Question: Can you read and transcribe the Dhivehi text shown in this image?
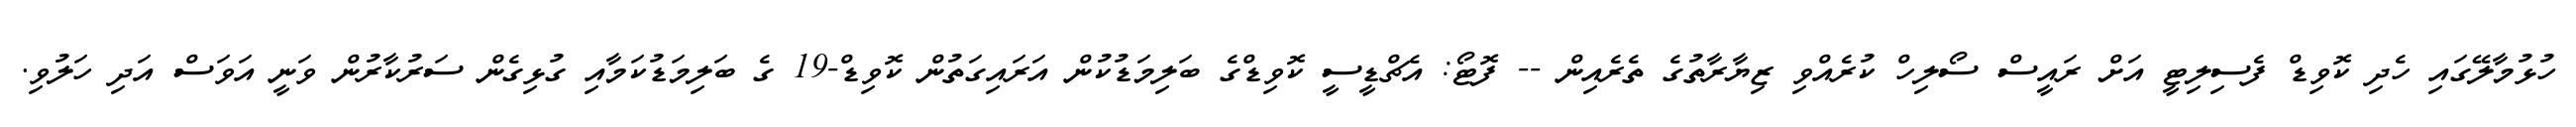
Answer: ހުޅުމާލޭގައި ހެދި ކޮވިޑް ފެސިލިޓީ އަށް ރައީސް ސޯލިހް ކުރެއްވި ޒިޔާރާތުގެ ތެރެއިން -- ފޮޓޯ: އެޗްޑީސީ ކޮވިޑްގެ ބަލިމަޑުކުން އަރައިގަތުން ކޮވިޑް-19 ގެ ބަލިމަޑުކަމާއި ގުޅިގެން ސަރުކާރުން ވަނީ އަވަސް އަދި ހަލުވި.